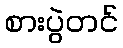
စားပွဲတင်